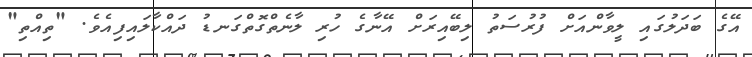
އޭގެ ބަދަލުގައި ލީވާންއަށް ފުރުސަތު ލިބޭއިރަށް އޭނާގެ ހުރި ލާނެތްގޮތްގަނޑު ދައްކާލައިފިއެވެ. "ތިއްތި"